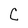
Character: C